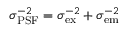
\sigma _ { \mathrm { P S F } } ^ { - 2 } = \sigma _ { \mathrm { e x } } ^ { - 2 } + \sigma _ { \mathrm { e m } } ^ { - 2 }